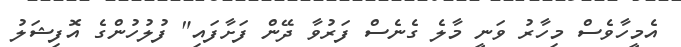
އެމީހާވެސް މިހާރު ވަނީ މާލެ ގެނެސް ފަރުވާ ދޭން ފަށާފައި" ފުލުހުންގެ އޮފިޝަލު